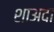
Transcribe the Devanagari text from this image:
शाअदा